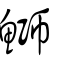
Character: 鰤